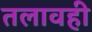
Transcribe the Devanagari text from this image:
तलावही